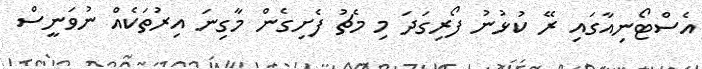
އެސްޓޯނިއާގައި ރޭ ކުޅުނު ފޯރިގަދަ މި މެޗު ފެށިގެން މާގިނަ އިރުތަކެއް ނުވަނީސް